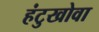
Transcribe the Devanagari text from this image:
हंटुखोवा